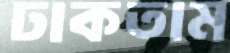
ঢাকতাম